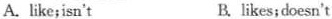
A. like;isn't B. likes;doesn't